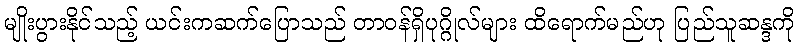
မျိုးပွားနိုင်သည့် ယင်းကဆက်ပြောသည် တာ၀န်ရှိပုဂ္ဂိုလ်များ ထိရောက်မည်ဟု ပြည်သူဆန္ဒကို